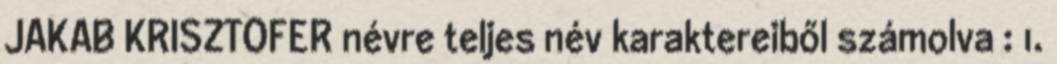
JAKAB KRISZTOFER névre teljes név karaktereiből számolva : 1.